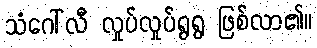
သံဂေါ်လီ လှုပ်လှုပ်ရွရွ ဖြစ်လာ၏။